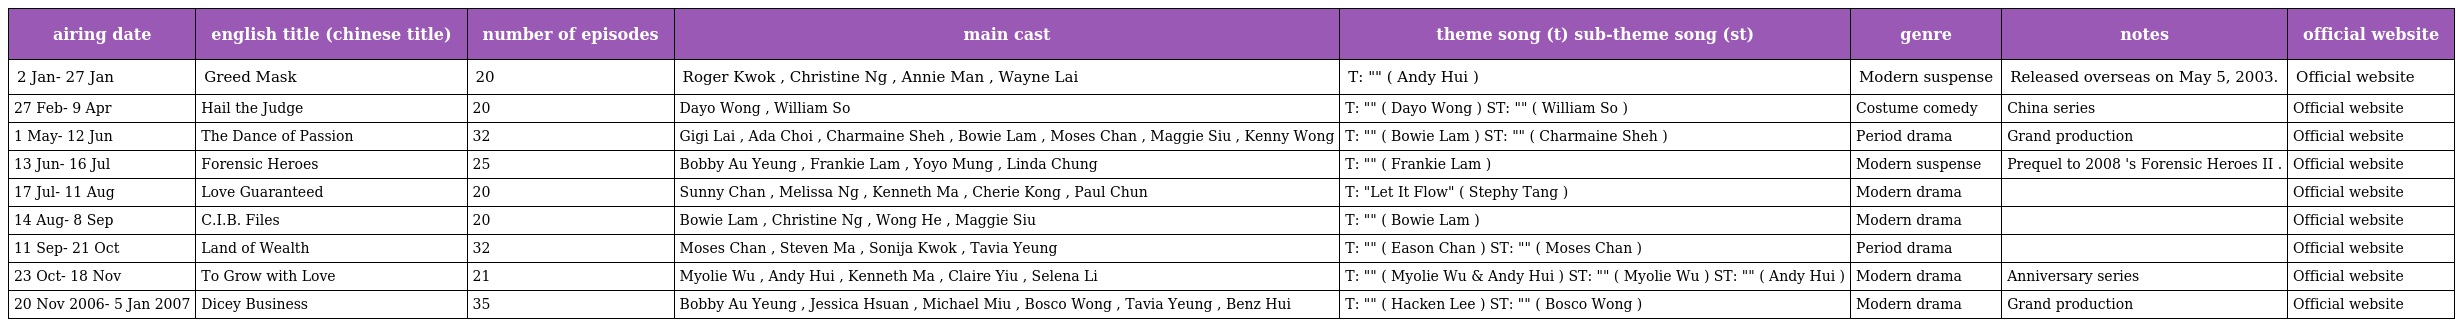
| airing date | english title (chinese title) | number of episodes | main cast | theme song (t) sub-theme song (st) | genre | notes | official website |
 | --- | --- | --- | --- | --- | --- | --- | --- |
 | 2 Jan- 27 Jan | Greed Mask 謎情家族 | 20 | Roger Kwok , Christine Ng , Annie Man , Wayne Lai | T: "愛的推理" ( Andy Hui ) | Modern suspense | Released overseas on May 5, 2003. | Official website |
 | 27 Feb- 9 Apr | Hail the Judge 棟篤狀王 | 20 | Dayo Wong , William So | T: "知彼不知己" ( Dayo Wong ) ST: "燃愛" ( William So ) | Costume comedy | China series | Official website |
 | 1 May- 12 Jun | The Dance of Passion 火舞黃沙 | 32 | Gigi Lai , Ada Choi , Charmaine Sheh , Bowie Lam , Moses Chan , Maggie Siu , Kenny Wong | T: "風沙" ( Bowie Lam ) ST: "黃沙中的戀人" ( Charmaine Sheh ) | Period drama | Grand production | Official website |
 | 13 Jun- 16 Jul | Forensic Heroes 法證先鋒 | 25 | Bobby Au Yeung , Frankie Lam , Yoyo Mung , Linda Chung | T: "天網" ( Frankie Lam ) | Modern suspense | Prequel to 2008 's Forensic Heroes II . | Official website |
 | 17 Jul- 11 Aug | Love Guaranteed 愛情全保 | 20 | Sunny Chan , Melissa Ng , Kenneth Ma , Cherie Kong , Paul Chun | T: "Let It Flow" ( Stephy Tang ) | Modern drama |  | Official website |
 | 14 Aug- 8 Sep | C.I.B. Files 刑事情報科 | 20 | Bowie Lam , Christine Ng , Wong He , Maggie Siu | T: "情報" ( Bowie Lam ) | Modern drama |  | Official website |
 | 11 Sep- 21 Oct | Land of Wealth 滙通天下 | 32 | Moses Chan , Steven Ma , Sonija Kwok , Tavia Yeung | T: "滙通天下" ( Eason Chan ) ST: "川流不息" ( Moses Chan ) | Period drama |  | Official website |
 | 23 Oct- 18 Nov | To Grow with Love 肥田囍事 | 21 | Myolie Wu , Andy Hui , Kenneth Ma , Claire Yiu , Selena Li | T: "醜得漂亮" ( Myolie Wu & Andy Hui ) ST: "豬小姐" ( Myolie Wu ) ST: "豬先生" ( Andy Hui ) | Modern drama | Anniversary series | Official website |
 | 20 Nov 2006- 5 Jan 2007 | Dicey Business 賭場風雲 | 35 | Bobby Au Yeung , Jessica Hsuan , Michael Miu , Bosco Wong , Tavia Yeung , Benz Hui | T: "先賭為快" ( Hacken Lee ) ST: "第幾天" ( Bosco Wong ) | Modern drama | Grand production | Official website |